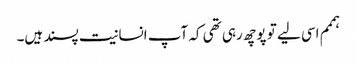
ہممم اسی لیے تو پوچھ رہی تھی کہ آپ انسانیت پسند ہیں۔